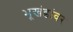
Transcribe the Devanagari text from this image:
भूखंडांवर